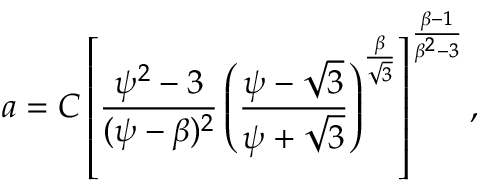
a = C \left[ \frac { \psi ^ { 2 } - 3 } { ( \psi - \beta ) ^ { 2 } } \left( \frac { \psi - \sqrt 3 } { \psi + \sqrt 3 } \right) ^ { \frac { \beta } { \sqrt 3 } } \right] ^ { \frac { \beta - 1 } { \beta ^ { 2 } - 3 } } ,